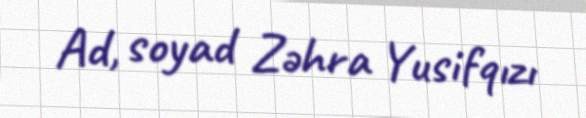
Ad, soyad Zəhra Yusifqızı